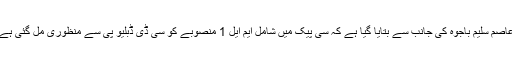
عاصم سلیم باجوہ کی جانب سے بتایا گیا ہے کہ سی پیک میں شامل ایم ایل 1 منصوبے کو سی ڈی ڈبلیو پی سے منظوری مل گئی ہے۔